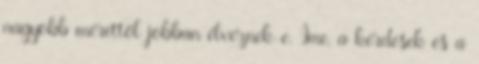
nagyobb mérettől jobban élveznek-e. Íme, a kérdések és a